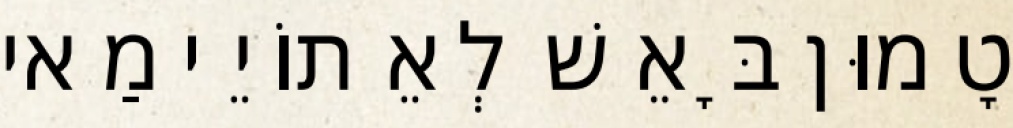
טָמוּן בָּאֵשׁ לְאֵתוֹיֵי מַאי